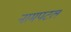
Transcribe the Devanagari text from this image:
नामपटल